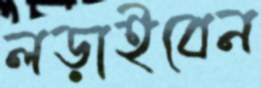
লড়াইবেন